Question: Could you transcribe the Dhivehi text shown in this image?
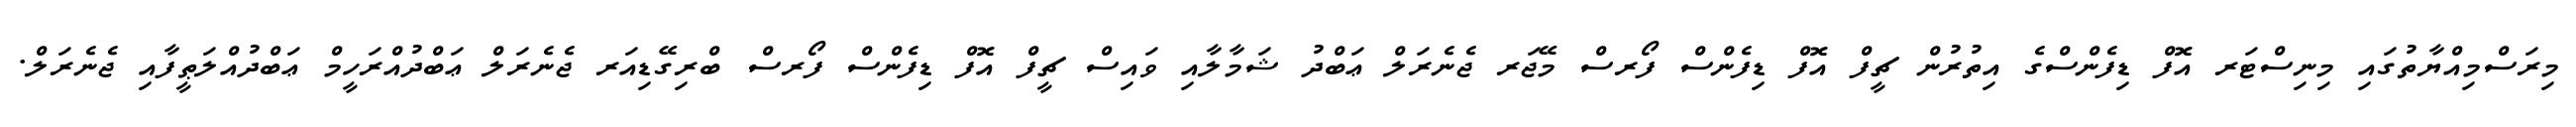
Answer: މިރަސްމިއްޔާތުގައި މިނިސްޓަރ އޮފް ޑިފެންސްގެ އިތުރުން ޗީފް އޮފް ޑިފެންސް ފޯރސް މޭޖަރ ޖެނެރަލް ޢަބްދު ޝަމާލާއި ވައިސް ޗީފް އޮފް ޑިފެންސް ފޯރސް ބްރިގޭޑިއަރ ޖެނެރަލް ޢަބްދުއްރަހީމް ޢަބްދުއްލަޠީފާއި ޖެނެރަލް.